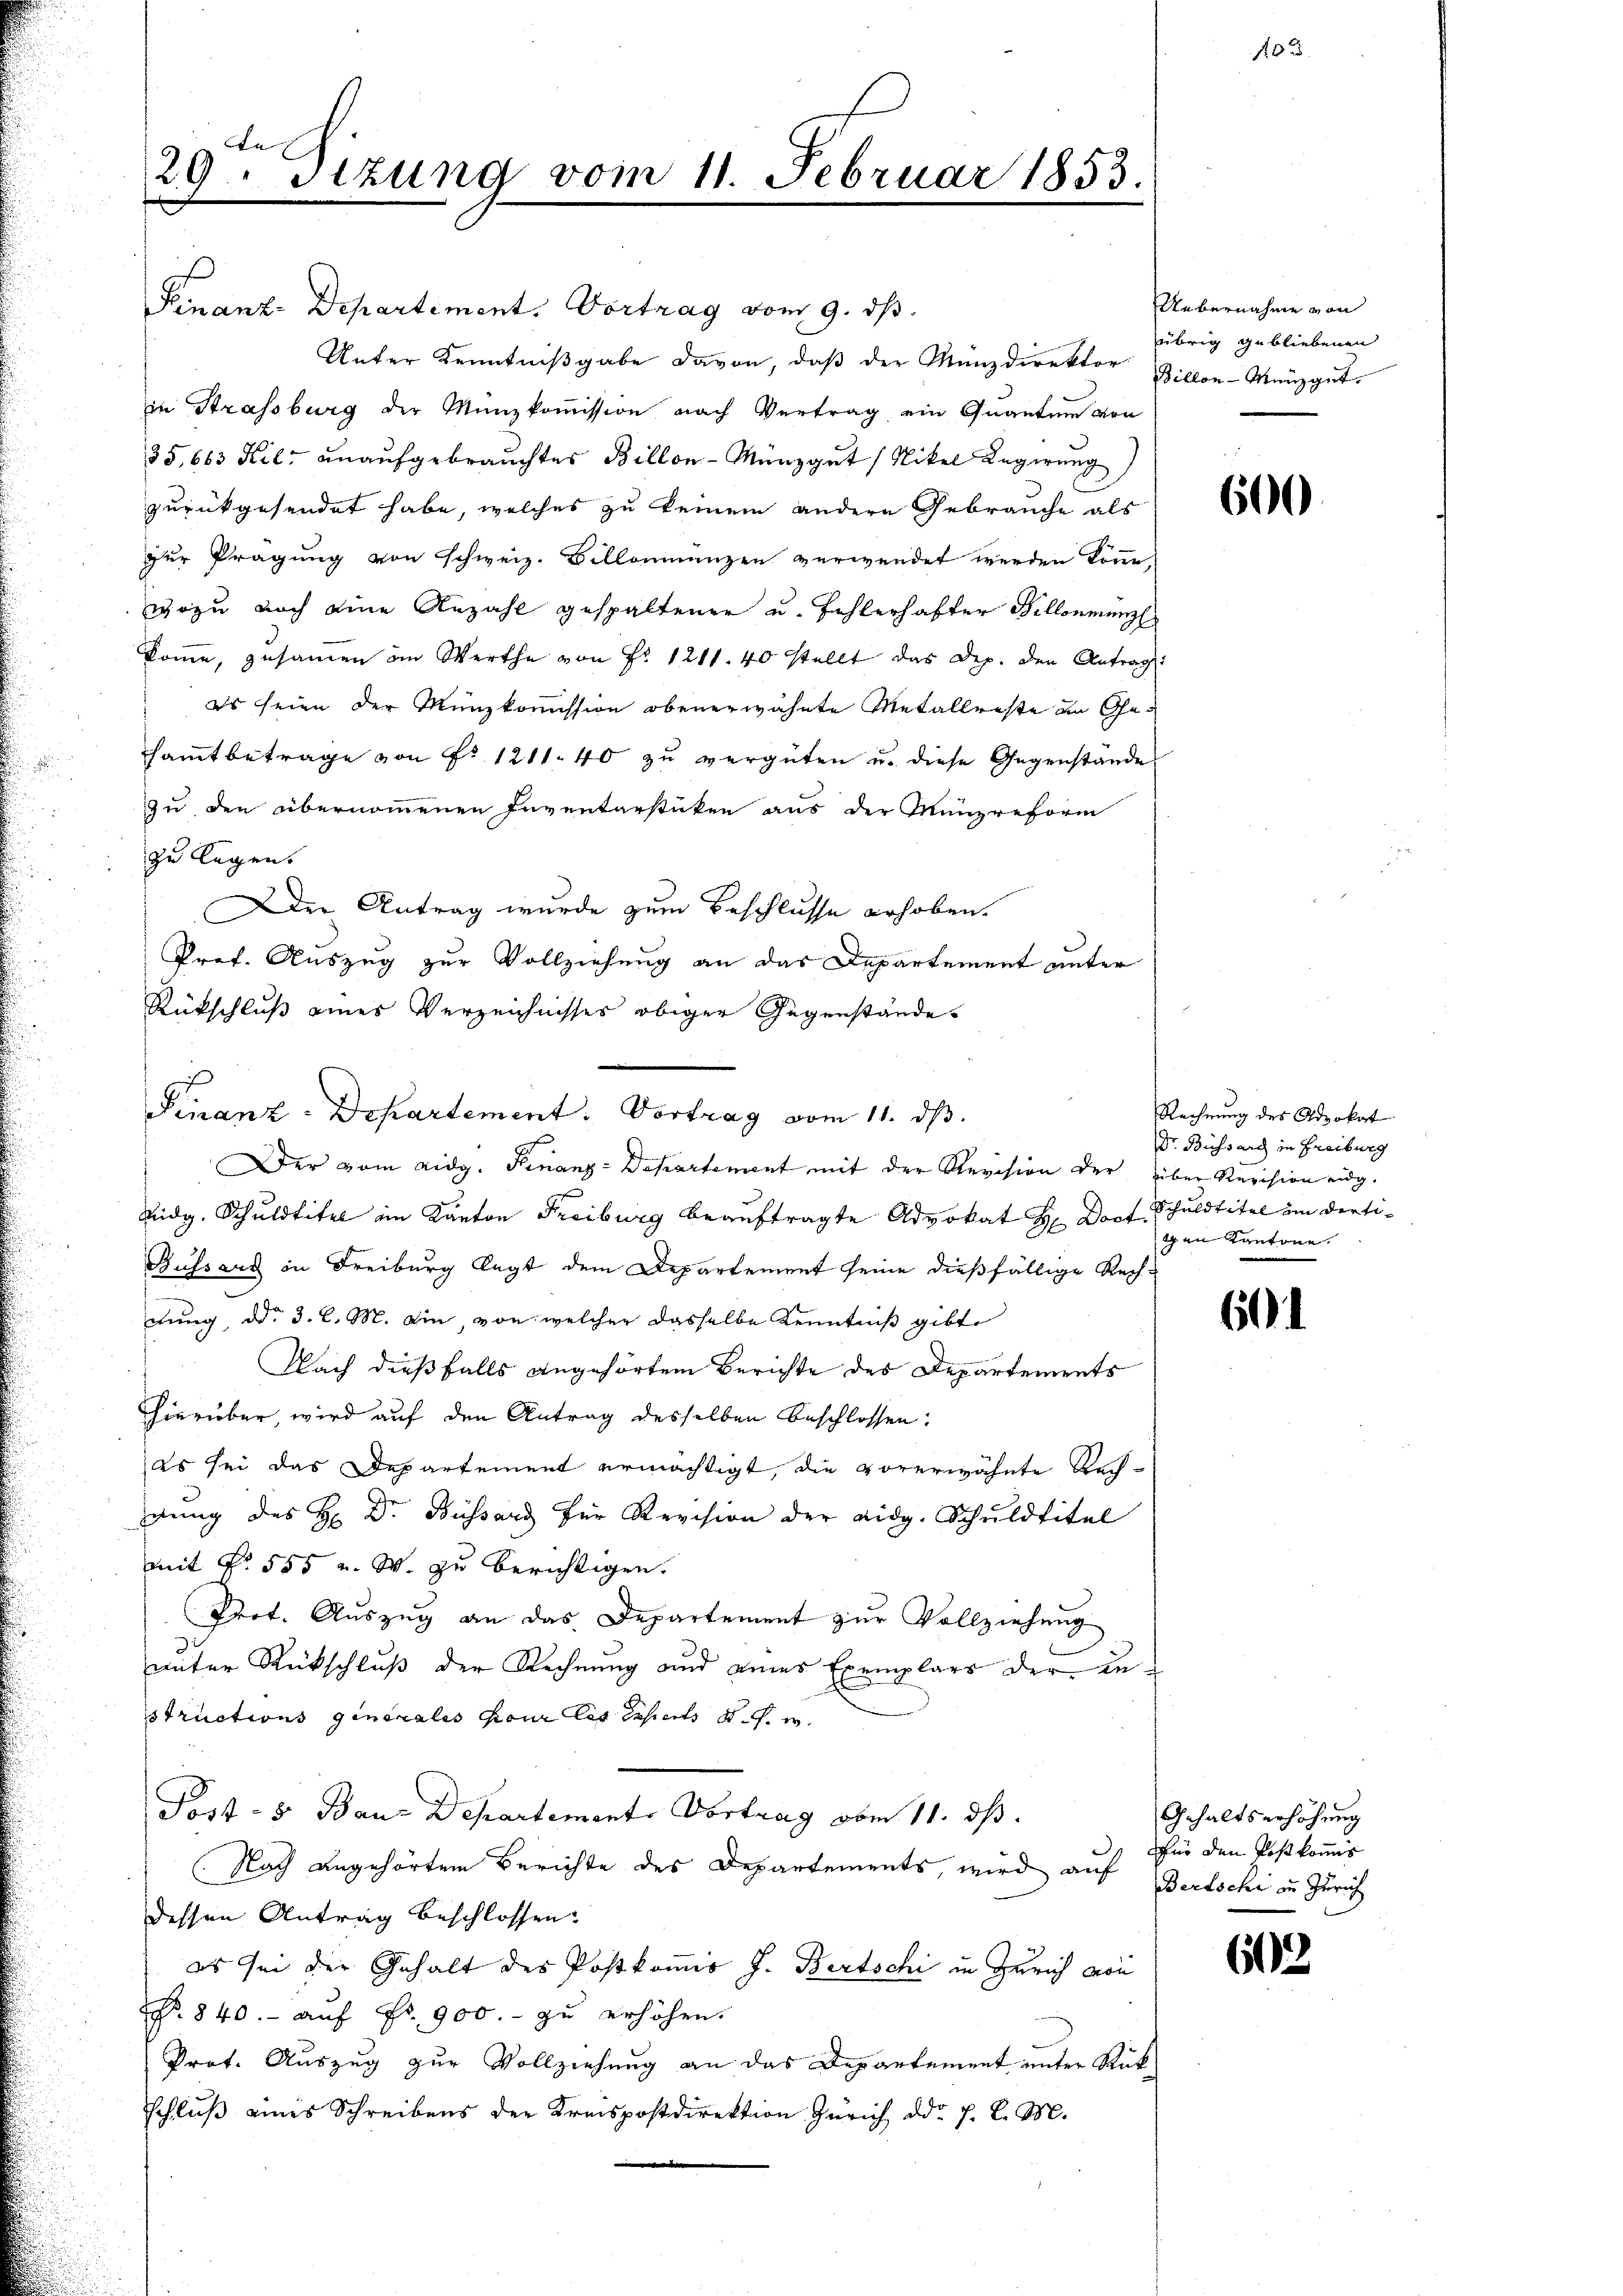
Finanz-Departement. Vortrag vom 9. dβ.
Unter Kenntniβgabe davon, daβ der Münzdirektor Zillon-Menzget.
in Strassburg der Münzkoṁission nach Vertrag ein Quantum von
35,663 Kil- unaufgebrauchtes Billon - Menz gut (Nikel Regierung
zurückgesendet habe, welches zu keinem andere Gebrauche als
zur Prägung von schweiz. Billonienzen verwendet werden könne,
wozu noch eine Anzahl gespaltener u. Zahlerhafter Fillonmünz
komme, zusammen im Werthe von Fr. 1211. 40 stellt das Dep. den Antrag:
es seien der Münzkommission obenerwähnte Metallreste in Gesamtbetrage von Fr. 1211. 40 zu vergüten u. diese Gegenstande
zu den übernommenen Inventarsticken aus der Münzreform
zu legen.
Der Antrag wurde zum Beschlusse erhoben.
Prof. Auszug zur Vollziehung an das Departement unter
Rückschluß eines Verzeichnisses obiger Gegenstände
Der vom eidg. Finanz-Departement mit der Revision der über Revision eidg.
Eidg. Schuldtitel im Kanton Freiburg beauftragte Advokat H. Doct. Schuldtitel im Ferti¬
Büssard in Freiburg legt dem Departement seine dießfällige Rech-
nung, ddo 3. l. M. ein, von welcher dasselbe Kenntniß gibt
Nach dießfalls angehörtem Berichte des Departements
hierüber, wird auf den Antrag desselben beschlossen:
es sei das Departement ermächtigt, die vorerwähnte Rechdung des H: Dr. Büssard für Revision der eidg. Schuldtitel
mit § 555 u. W. zu berichtigen.
Prot. Auszug an das Departement zur Vollziehung
unter Rückschluß der Rechnung und eines Exemplars der Bestructions generales pour les caperts d. s. w.
Post- & Bau-Departement. Vortrag vom 11. ds.
Nach angehörten Berichte des Departements, wird auf Bertschi zu Zürich
dessen Antrag beschlossen:
es sei der Gehalt des Postkomis J. Bertschi in Zürich von
No. 840.- auf Fr. 900.- zu erhöhen.
Prof. Auszug zur Vollziehung an das Departement unter Rück
schlŭβ eines Schreibens der Kreispostdirektion Zürich dd. 7. d. M.

Le
29. Sizung vom 11. Februar 1853.

Finanz-Departement: Vortrag vom 11. dβ.

Uebernahme von
übrig gebliebenen

600

Rechnung des Advokat
Dr. Bissard in Freiburg
gen Kantone.

60

Gehaltserhöhung
Für den Post kommis

602